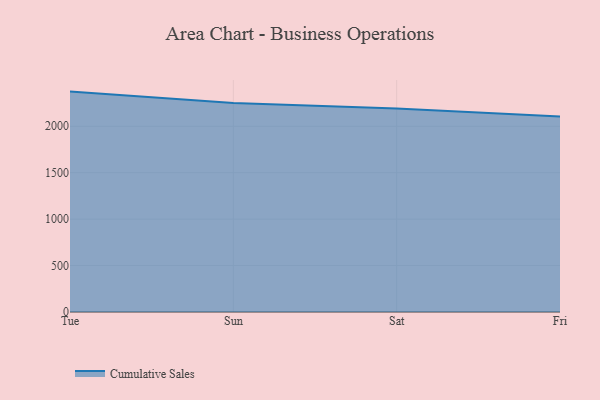
{"axis": {"x": "Day", "y": "Operating Costs (USD K)"}, "legend": ["Cumulative Sales"], "data": [{"x": "Tue", "y": 2373.2, "type": "Cumulative Sales"}, {"x": "Sun", "y": 2251.1, "type": "Cumulative Sales"}, {"x": "Sat", "y": 2190.5, "type": "Cumulative Sales"}, {"x": "Fri", "y": 2104.4, "type": "Cumulative Sales"}]}